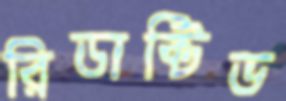
রিডাক্টিভ